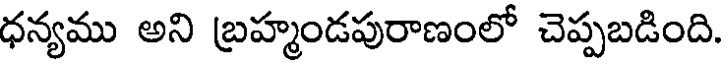
ధన్యము అని బ్రహ్మండపురాణంలో చెప్పబడింది.